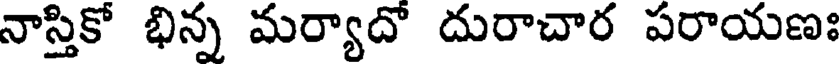
నాస్తికో భిన్న మర్యాదో దురాచార పరాయణః